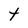
Character: t